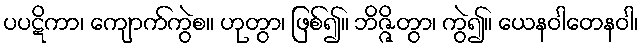
ပပဋိကာ၊ ကျောက်ကွဲစ။ ဟုတွာ၊ ဖြစ်၍။ ဘိဇ္ဇိတွာ၊ ကွဲ၍။ ယေနဝါတေနဝါ၊